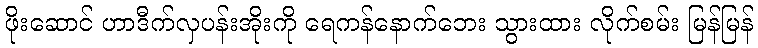
ဖိုးဆောင် ဟာဒီက်လှပန်းအိုးကို ရေကန်နောက်ဘေး သွားထား လိုက်စမ်း မြန်မြန်